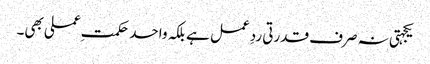
یکجہتی نہ صرف قدرتی ردِعمل ہے بلکہ واحد حکمتِ عملی بھی۔